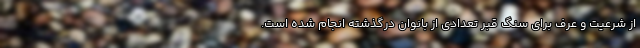
از شرعیت و عرف برای سنگ قبر تعدادی از بانوان درگذشته انجام شده است.